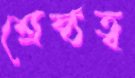
শ্রেষ্ঠত্ব